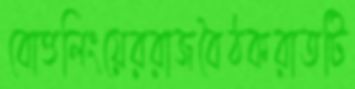
বোত্তলিংয়েররাজবৈঠকরাতটি